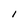
Character: l